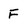
Character: F